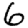
Digit: 6